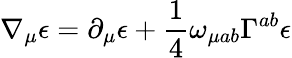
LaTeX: \nabla_{\mu}\epsilon=\partial_{\mu}\epsilon+\frac{1}{4}\omega_{\mu ab}\Gamma^{ab}\epsilon